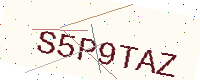
Text: S5P9TAZ